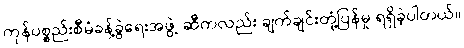
ကုန်ပစ္စည်းစီမံခန့်ခွဲရေးအဖွဲ့ ဆီကလည်း ချက်ချင်းတုံ့ပြန်မှု ရရှိခဲ့ပါတယ်။